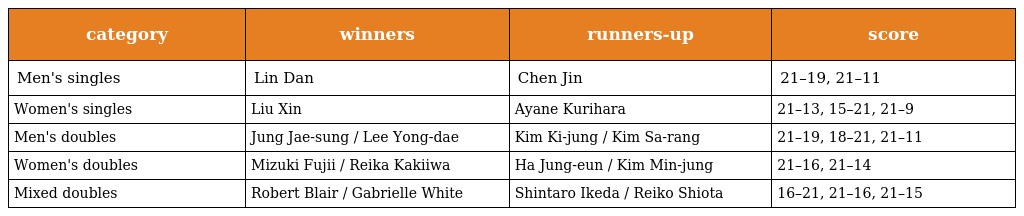
| category | winners | runners-up | score |
 | --- | --- | --- | --- |
 | Men's singles | Lin Dan | Chen Jin | 21–19, 21–11 |
 | Women's singles | Liu Xin | Ayane Kurihara | 21–13, 15–21, 21–9 |
 | Men's doubles | Jung Jae-sung / Lee Yong-dae | Kim Ki-jung / Kim Sa-rang | 21–19, 18–21, 21–11 |
 | Women's doubles | Mizuki Fujii / Reika Kakiiwa | Ha Jung-eun / Kim Min-jung | 21–16, 21–14 |
 | Mixed doubles | Robert Blair / Gabrielle White | Shintaro Ikeda / Reiko Shiota | 16–21, 21–16, 21–15 |